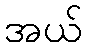
အယ်